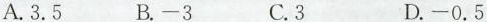
A.3.5 B.-3 C.3 D.-0.5